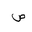
Letter: _sad